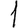
Digit: 1